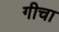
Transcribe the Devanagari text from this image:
गीचा